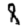
Digit: 8